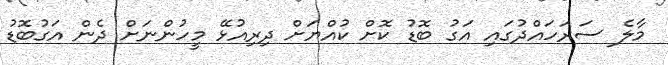
މާލެ ސަރަހައްދުގައި އަގު ބޮޑު ކޮށް ކުއްޔަށް ދިރިއުޅޭ މީހުންނަށް ދެން އަގުބޮޑު